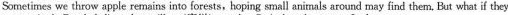
Sometimes we throw apple remains into forests, hoping small animals around may find them, But what if they